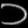
Digit: ၁